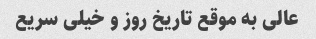
عالی به موقع تاریخ روز و خیلی سریع